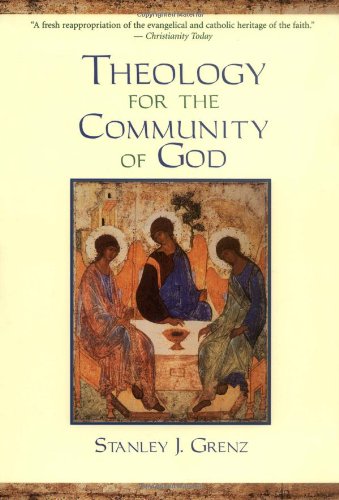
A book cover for Theology for the Community of God; Stanley J. Grenz; Christian Books & Bibles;